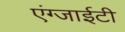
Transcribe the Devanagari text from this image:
एंग्जाईटी